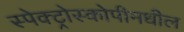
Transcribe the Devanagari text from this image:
स्पेक्ट्रोस्कोपीमधील